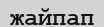
жайпап